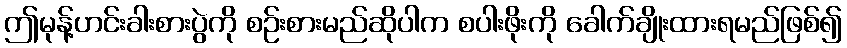
ဤမုန့်ဟင်းခါးစားပွဲကို စဉ်းစားမည်ဆိုပါက စပါးဖိုးကို ခေါက်ချိုးထားရမည်ဖြစ်၍